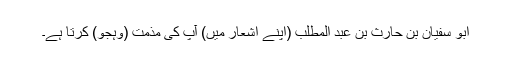
ابو سفیان بن حارث بن عبد المطلب (اپنے اشعار میں) آپ کی مذمت (وہجو) کرتا ہے۔